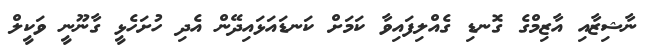
ނާޝިޒާއި އާޒިމްގެ ގޮނޑި ގެއްލިފައިވާ ކަމަށް ކަނޑައަޅައިދޭން އެދި ހުށަހެޅީ ގާނޫނީ ވަކީލް